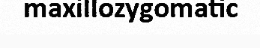
maxillozygomatic